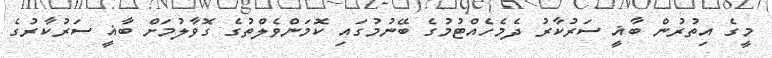
މީގެ އިތުރުން ބާޣީ ސަރުކާރު ދެމެހެއްޓުމުގެ ބޭނުމުގައި ކޮމަންވެލްތުގެ ގޮވާލުމަށް ބާޣީ ސަރުކާރުގެ